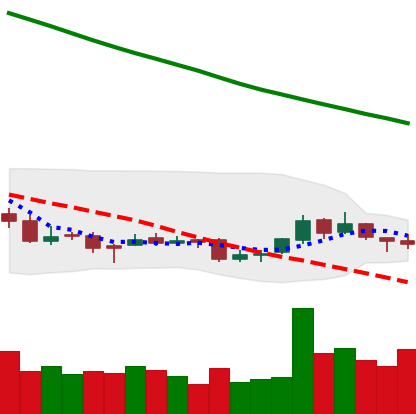
Ticker: NEO-USD
Chart end date: 2018-09-26
Forward return: 4.417%
Label: up_3_5